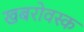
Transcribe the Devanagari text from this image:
खबरोवस्क